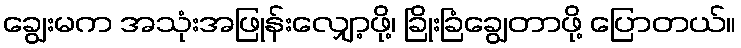
ချွေးမက အသုံးအဖြုန်းလျှော့ဖို့၊ ခြိုးခြံချွေတာဖို့ ပြောတယ်။